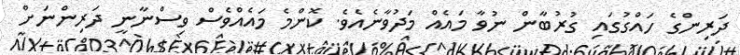
ދަރިންގެ ހައްގުގައި ގުރުބާން ނުވާ މައެއް މަދުވާނެއެވެ. ކޮންމެ މައެއްވެސް ވިސްނާނީ ދަރިންނަށް